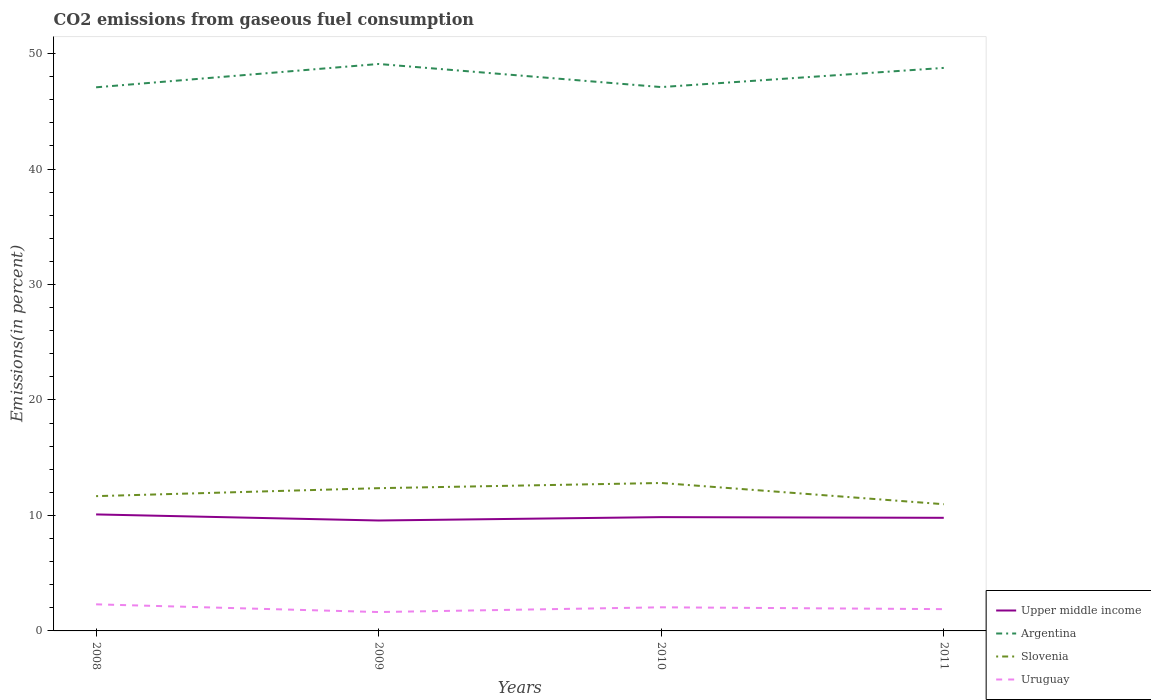
| Years | Upper middle income | Argentina | Slovenia | Uruguay |
 | --- | --- | --- | --- | --- |
 | 2008 | 10.1 | 47.1 | 11.7 | 2.3 |
 | 2009 | 9.56 | 49.1 | 12.4 | 1.63 |
 | 2010 | 9.86 | 47.1 | 12.8 | 2.05 |
 | 2011 | 9.8 | 48.8 | 11 | 1.89 |